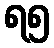
ရ၅